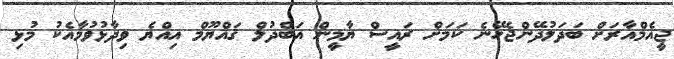
ޖީއެމްއާރަށް ބަދަލުދޭންޖެހޭނެ ކަމަށް ރައީސް ޔާމީން އަބްދުލް ޤައްޔޫމް އިއްޔެ ވިދާޅުވުމާއެކު މުޅި